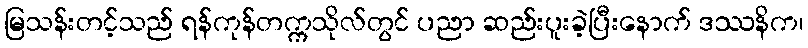
မြသန်းတင့်သည် ရန်ကုန်တက္ကသိုလ်တွင် ပညာ ဆည်းပူးခဲ့ပြီးနောက် ဒဿနိက၊